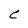
Character: C